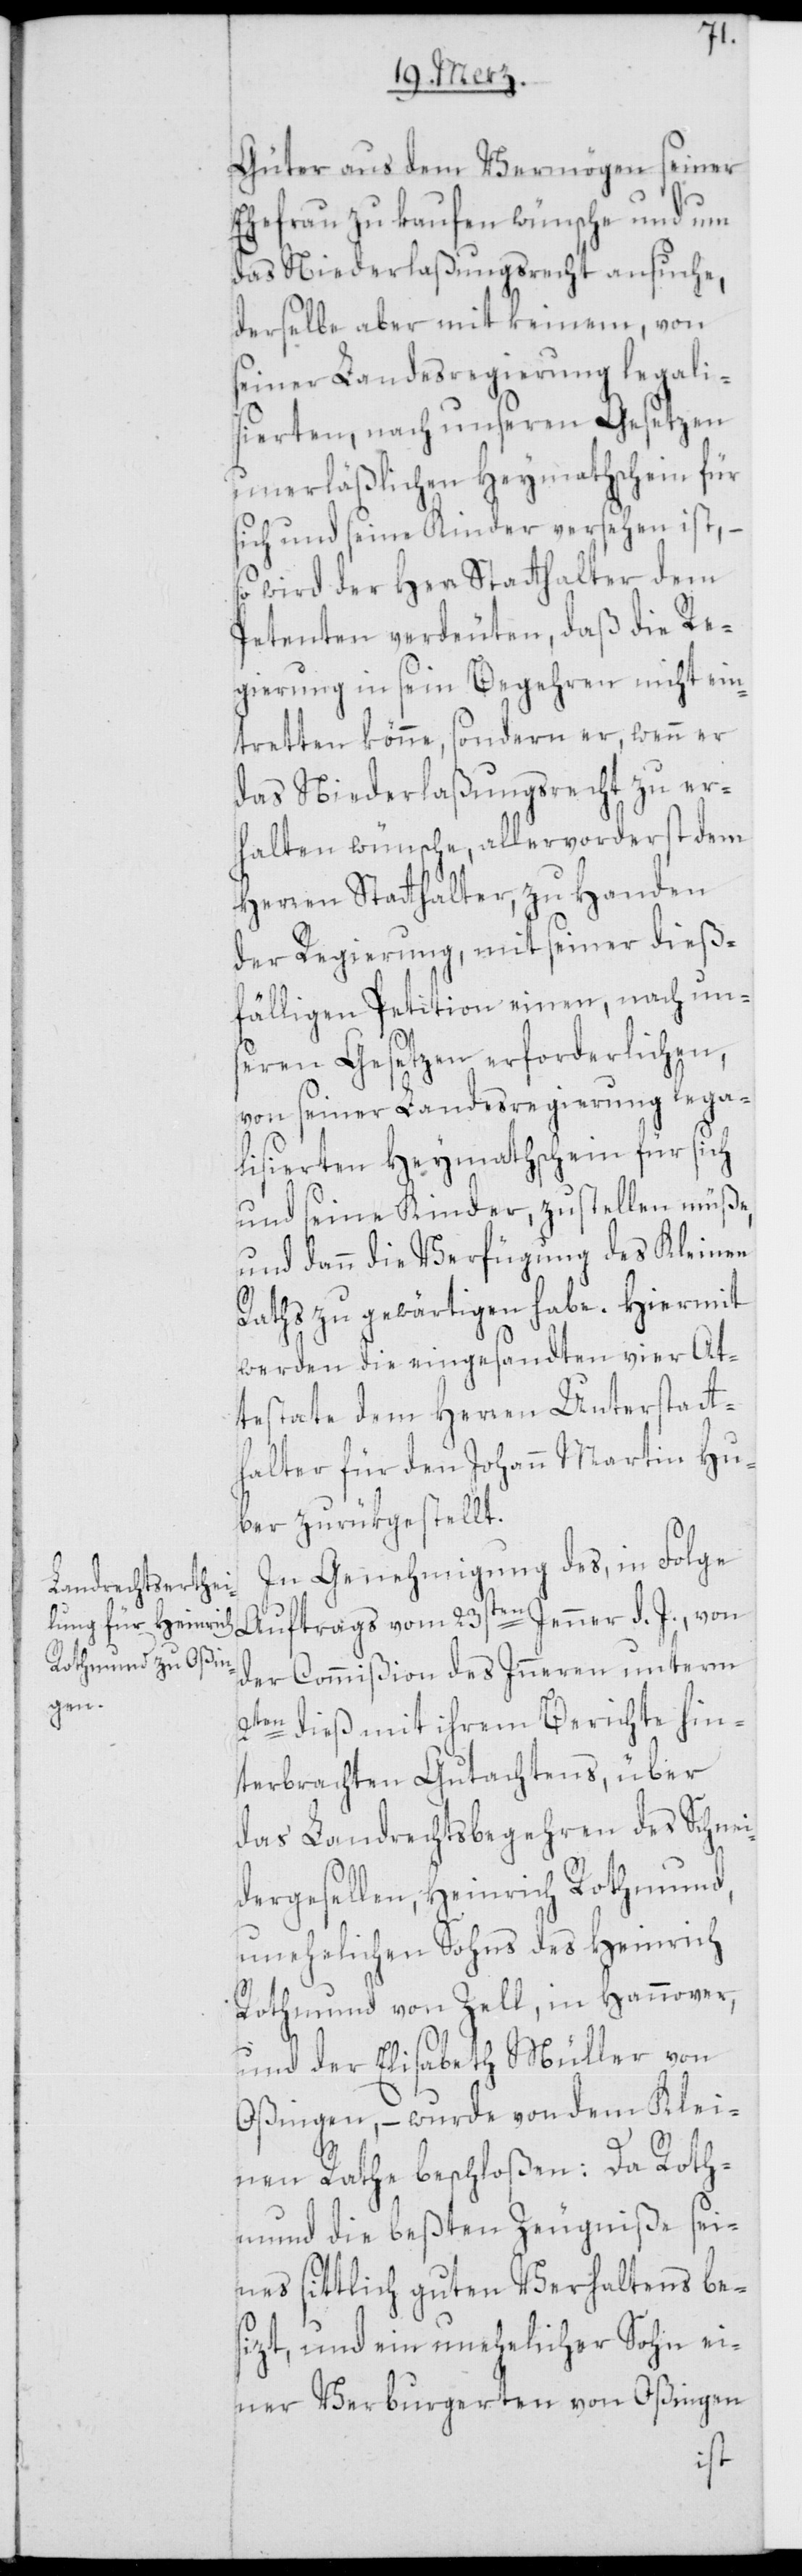
Güter aus dem Vermögen seiner
Ehefrau zu kaufen wünsche und um
das Niederlaßungsrecht ansuche,
derselbe aber mit keinem, von
seiner Landesregierung legali¬
sierten, nach unseren Gesetzen
unerläßlichen Heymathschein für
sich und seine Kinder versehen ist, –
so wird der Herr Statthalter dem
Petenten verdeuten, daß die Re¬
gierung in sein Begehren nicht ein¬
tretten könne, sondern er, wenn er
das Niederlaßungsrecht zu er¬
halten wünsche, allervorderst dem
Herren Statthalter, zu Handen
der Regierung, mit seiner dieß¬
fälligen Petition einen, nach uns¬
eren Gesetzen erforderlichen,
von seiner Landesregierung lega¬
lisierten Heymathschein für sich
und seine Kinder, zustellen müße,
und dann die Verfügung des Kleinen
Raths zu gewärtigen habe. Hiermit
werden die eingesandten vier At¬
testate dem Herren Unterstatt¬
halter für den Johann Martin Hu¬
ber zurükgestellt.
In Genehmigung des, in Folge
Auftrags vom 23sten Jenner d. J., von
der Commißion des Inneren unterm
2ten dieß mit ihrem Berichte hin¬
terbrachten Gutachtens, über
das Landrechtsbegehren des Schnei¬
dergesellen, Heinrich Rothmund,
unehelichen Sohns des Heinrich
Rothmund von Zell, in Hannover,
und der Elisabeth Müller von
Oßingen, – wurde von dem Klei¬
nen Rathe beschloßen: Da Roth¬
mund die beßten Zeugniße sei¬
nes sittlich guten Verhaltens be¬
sizt, und ein unehelicher Sohn ei¬
ner Verburgerten von Oßingen